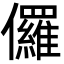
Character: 儸